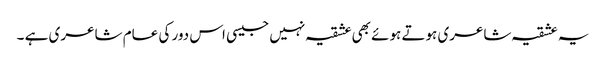
یہ عشقیہ شاعری ہوتے ہوئے بھی عشقیہ نہیں جیسی اس دور کی عام شاعری ہے ۔